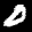
Label: 0